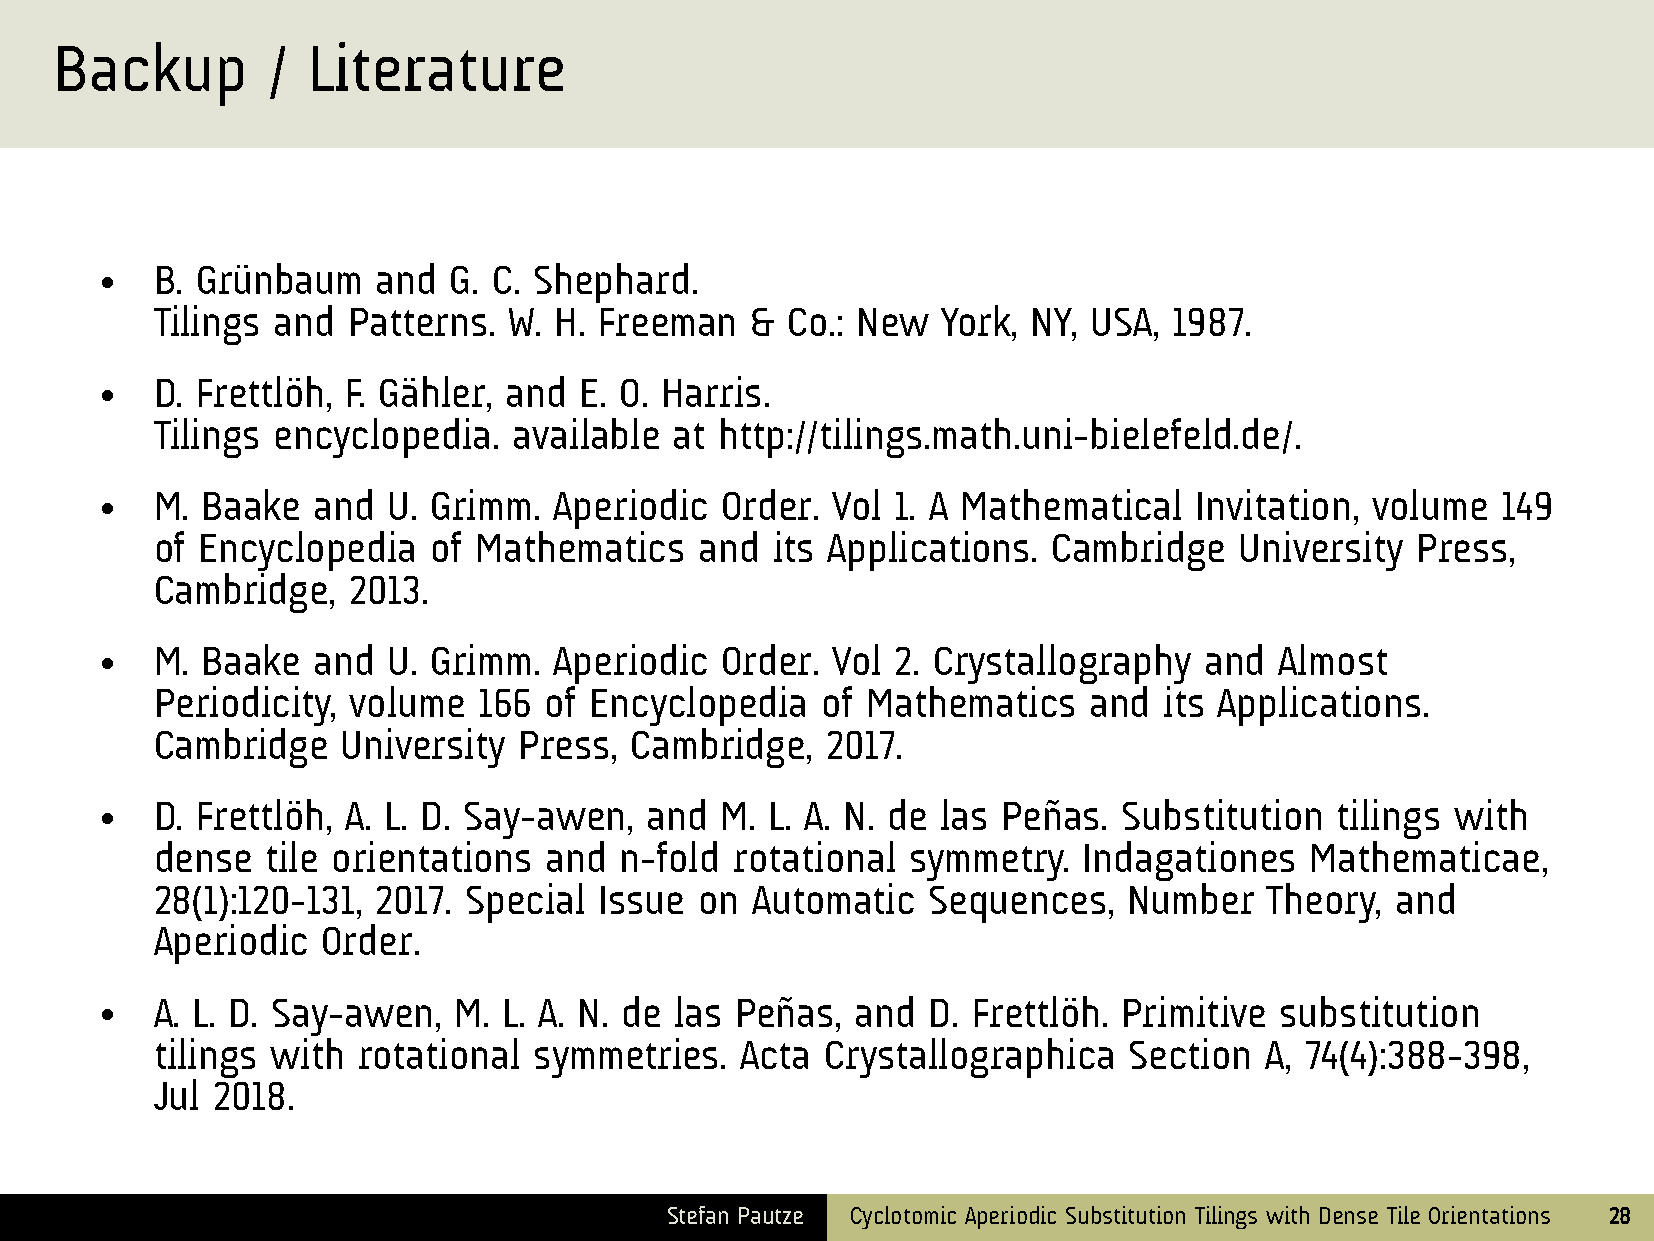
Backup        / Literature
 B. Grünbaum    and  G. C. Shephard.
 ●
 Tilings and  Patterns.  W. H. Freeman   & Co.: New  York, NY, USA,  1987.
 D. Frettlöh, F. Gähler, and E. O. Harris.
 ●
 Tilings encyclopedia.   available  at http://tilings.math.uni-bielefeld.de/.
 M. Baake   and  U. Grimm.  Aperiodic  Order. Vol 1. A Mathematical   Invitation, volume  149
 ●
 of Encyclopedia   of Mathematics    and  its Applications.  Cambridge   University  Press,
 Cambridge,   2013.
 M. Baake   and  U. Grimm.  Aperiodic  Order. Vol 2. Crystallography   and  Almost
 ●
 Periodicity, volume   166 of Encyclopedia   of Mathematics    and  its Applications.
 Cambridge    University Press,  Cambridge,   2017.
 D. Frettlöh, A. L. D. Say-awen,  and  M. L. A. N. de las Peñas. Substitution   tilings with
 ●
 dense   tile orientations and  n-fold  rotational symmetry.   Indagationes   Mathematicae,
 28(1):120-131, 2017. Special  Issue on  Automatic  Sequences,    Number   Theory, and
 Aperiodic  Order.
 A. L. D. Say-awen,  M. L. A. N. de las Peñas,  and  D. Frettlöh. Primitive substitution
 ●
 tilings with  rotational symmetries.   Acta  Crystallographica   Section  A, 74(4):388-398,
 Jul 2018.
 Stefan Pautze Cyclotomic Aperiodic Substitution Tilings with Dense Tile Orientations 28